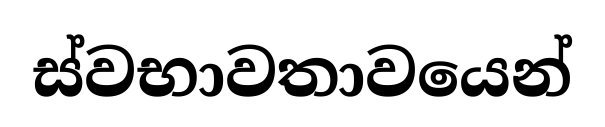
ස්වභාවතාවයෙන්